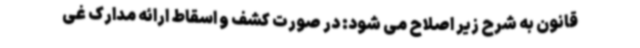
قانون به شرح زیر اصلاح می شود: در صورت کشف و اسقاط ارائه مدارک غی